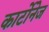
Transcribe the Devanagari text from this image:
कार्टोनेज